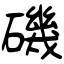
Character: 磯